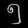
Digit: ၅